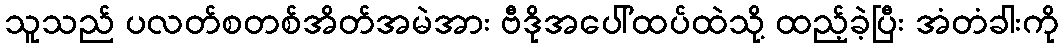
သူသည် ပလတ်စတစ်အိတ်အမဲအား ဗီဒိုအပေါ်ထပ်ထဲသို့ ထည့်ခဲ့ပြီး အံတံခါးကို